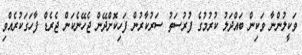
ވަކީލުންނާ ވަކިން ބައްދަލު ކުރުމުގެ ފުރުސަތު ސަރުކާރުން ފަހިކޮށްދޭން ޖެހޭނެކަން ޖެރެޑް ފާހަގަކުރެއްވި